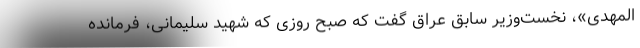
المهدی»، نخست‌وزیر سابق عراق گفت که صبح روزی که شهید سلیمانی، فرمانده